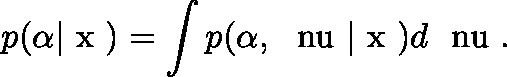
p ( \alpha | \mathrm { \boldmath ~ x ~ } ) = \int p ( \alpha , \mathrm { \boldmath ~ \ n u ~ } | \mathrm { \boldmath ~ x ~ } ) d \mathrm { \boldmath ~ \ n u ~ } .